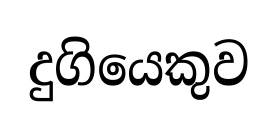
දුගියෙකුව